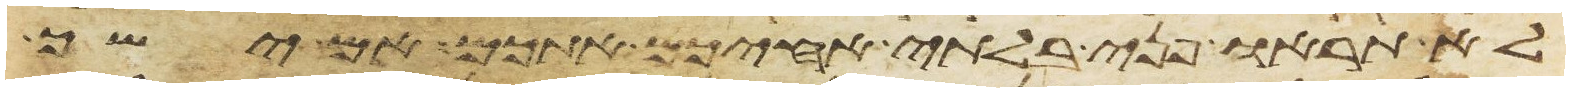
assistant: לא תראו פני בלתי אחיכם אתכם אם ישך